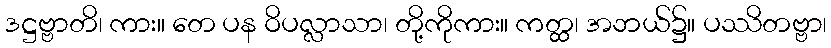
ဒဋ္ဌဗ္ဗာတိ၊ ကား။ တေ ပန ဝိပလ္လာသာ၊ တို့ကိုကား။ ကတ္ထ၊ အဘယ်၌။ ပဿိတဗ္ဗာ၊